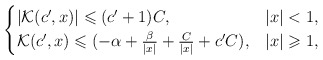
\begin{align*}\begin{cases}|\mathcal{K}(c',x)|\leqslant (c'+1)C, & |x|<1,\\ \mathcal{K}(c',x)\leqslant (-\alpha+\frac{\beta}{|x|}+\frac{C}{|x|}+c'C), &|x|\geqslant1,\end{cases}\end{align*}